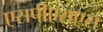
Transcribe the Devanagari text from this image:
एसपीएसएस